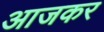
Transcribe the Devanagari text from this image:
आजकर